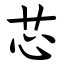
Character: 芯